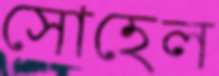
সোহেল